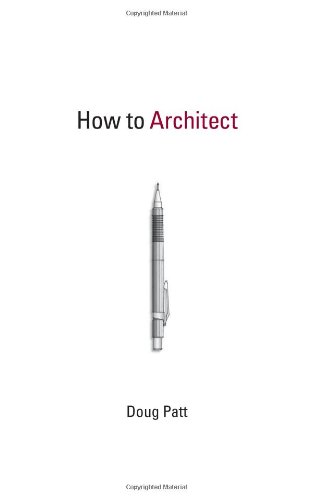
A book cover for How to Architect; Doug Patt; Arts & Photography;